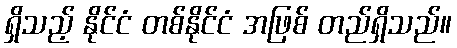
ရှိသည့် နိုင်ငံ တစ်နိုင်ငံ အဖြစ် တည်ရှိသည်။